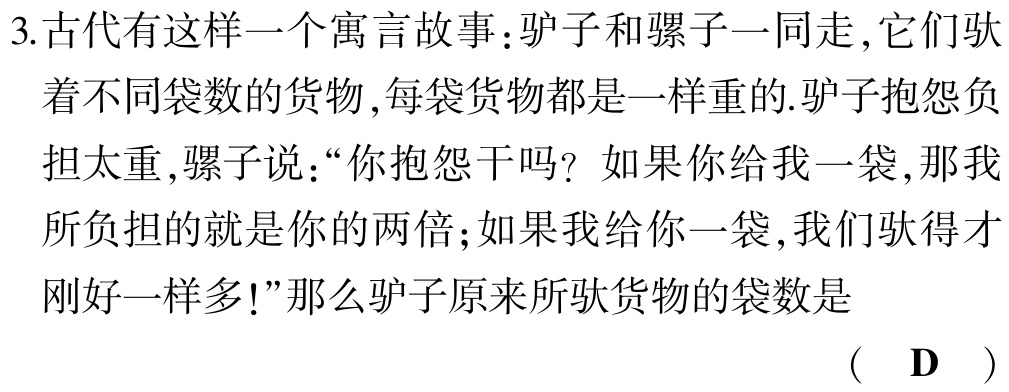
3.古代有这样一个寓言故事：驴子和骡子一同走，它们驮
着不同袋数的货物，每袋货物都是一样重的.驴子抱怨负
担太重，骡子说：“你抱怨干吗？如果你给我一袋，那我
所负担的就是你的两倍；如果我给你一袋，我们驮得才
刚好一样多!”那么驴子原来所驮货物的袋数是
（ D ）